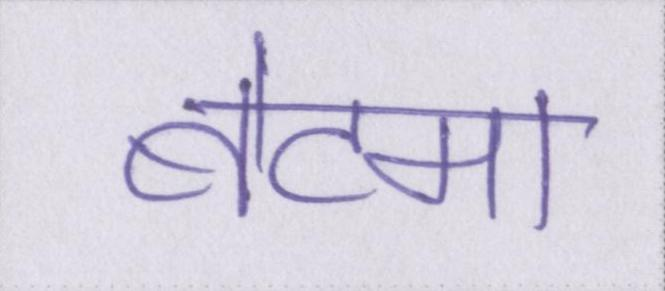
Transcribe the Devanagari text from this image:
बेटमा